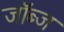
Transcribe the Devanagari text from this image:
जॉब्ज